Annual administration report of the Civil Veterinary Department of India - 1905-1906
Year: 1905
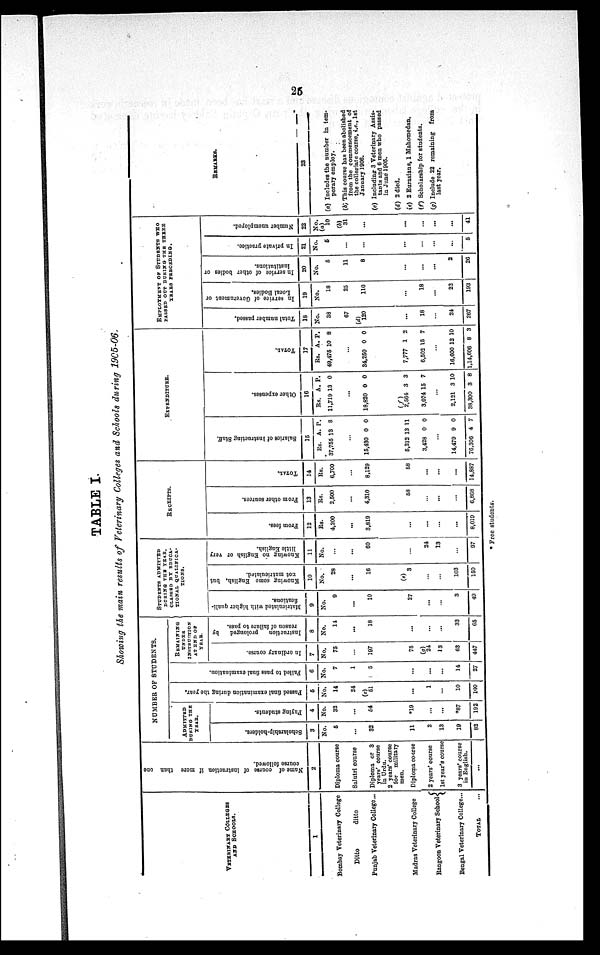
25
TABLE I.
Showing the main results of Veterinary Colleges and Schools during 1905-06.
VETERINARY COLLEGES
AND SCHOOLS.
1
Bombay Veterinary College
Ditto
ditto
Punjab Veterinary College...
Madras Veterinary College
Rangoon Veterinary School
Bengal Veterinary College...
TOTAL
...
Name of course of instruction if more than one
course followed.
2
Diploma course
Salutri course
Diploma or 3
years' course
in Urdu.
2 years' course
for
military
men.
Diploma course
2 years' course
1st year's course
3 years' course
in English.
...
NUMBER OF STUDENTS.
ADMITTED
DURING THE
YEAR.
Scholarship-holders.
3
No.
5
...
32
11
2
13
19
82
Paying students.
4
No.
32
...
54
*19
...
...
*87
192
Pas s ed f i n a l e x a m i n a t i o n dur i
ng the year.
5
No.
14
24
(c)
51
...
1
...
10
100
Fai l
ed to pass final examination.
6
No.
7
1
5
...
...
...
14
27
REMAINING
UNDER
INSTRUCTION
AT END OF
YEAR.
In ordinary course.
7
No.
75
...
197
75
(g)
24
13
63
447
Instruction
prolonged
by
reason of failure to pass.
8
No.
14
...
18
...
...
...
33
65
STUDENTS ADMITTED
DURING THE YEAR,
CLASSED BY EDUCA¬
TIONAL QUALIFICA¬
TIONS.
Matriculated with higher quali-
fications.
9
No.
9
...
10
27
...
...
3
49
Knowing some English, but
not matriculated.
10
No.
28
...
16
(e)
3
...
...
103
150
Knowing no English or very
little English.
11
No.
...
...
60
...
24
13
...
97
RECEIPTS.
From fees.
12
Rs.
4,200
...
3,819
...
...
...
...
8,019
From other sources.
13
Rs.
2,500
...
4,310
58
...
...
...
6,868
TOTAL.
14
Rs.
6,700
...
8,129
58
...
...
...
14,887
EXPENDITURE.
Salaries of Instructing Staff.
15
Rs.
37,755
15,430
5,212
3,428
14,479
76,306
A.
13
...
0
13
0
...
9
4
P.
8
0
11
0
0
7
Ot her expens es .
16
Rs.
11,719
18,820
(f)
2,564
3,074
2,121
38,300
A.
13
...
0
3
15
...
3
3
P.
0
0
3
7
10
8
TOTAL.
17
Rs.
49,475
34,250
7,777
6,502
16,600
1,14,606
A.
10
...
0
1
15
...
12
8
P.
8
0
2
7
10
3
EMPLOYMENT OF STUDENTS WHO
PASSED OUT DURING THE THREE
YEARS PRECEDING.
Total number passed.
18
No.
38
67
(d)
120
...
18
...
24
267
In service of Government or
Local Bodies,
19
No.
18
25
110
...
18
...
22
193
In service of other bodies or
institutions.
20
No.
5
11
8
...
...
...
2
26
In private practice.
21
No.
5
...
...
...
...
...
...
5
Number unemployed.
22
No.
10
(b)
31
...
...
...
...
...
41
REMARKS.
23
(a) Includes the number in tem-
porary employ.
(b) This course has been abolished
from the commencement of
the collegiate course, i.e., 1st
January 1906.
(c) Including 3 Veterinary Assis-
tants and 6 men who passed
in June 1905.
(d) 2 died.
(e) 2 Eurasians, 1 Mahomedan.
(f) Scholarship for students.
(g) Include 22 remaining
from
last year.
* Free students.